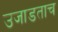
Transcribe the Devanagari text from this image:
उजाडताच